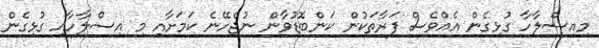
މިއިސްލާހާ ގުޅިގެން އެެއްވެސް ފަރާތަކުން ކަންބޮޑުވާން ނުޖެހޭނެ ކަމަށާއި މި އިސްލާހާއި ގުޅިގެން